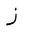
Letter: _zay